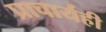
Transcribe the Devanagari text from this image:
प्राचार्यही